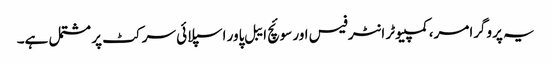
یہ پروگرامر، کمپیوٹر انٹرفیس اور سوئچ ایبل پاور اسپلائی سرکٹ پر مشتمل ہے۔